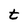
Character: t